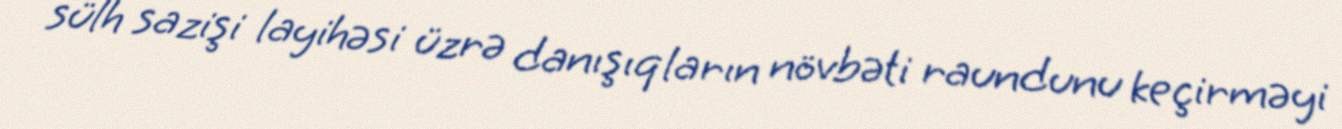
sülh sazişi layihəsi üzrə danışıqların növbəti raundunu keçirməyi